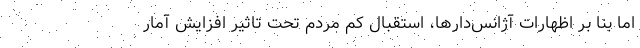
اما بنا بر اظهارات آژانس‌دارها، استقبال کم مردم تحت تاثیر افزایش آمار